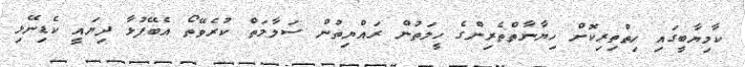
ކާމިޔާބީގައި ހިތްތިރިކޮށް ހިޔާނާތްތެރިންގެ ހީލަތުން ރައްޔިތުން ސަލާމަތް ކުރެވޭތޯ އެބޭފުޅާ ދިޔައީ ކެޑިނޭޅި